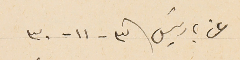
عن باريسَ فى ٣ - ١١ - ٣٠